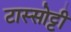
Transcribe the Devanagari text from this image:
टास्सोट्टी